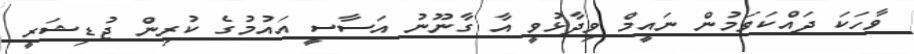
ވާހަކަ ދައްކަވަމުން ނައީމް ވިދާޅުވީ އާ ގާނޫނު އަސާސީ އައުމުގެ ކުރިން ޖުޑިޝަރީ